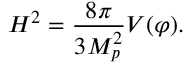
H ^ { 2 } = \frac { 8 \pi } { 3 M _ { p } ^ { 2 } } V ( \varphi ) .